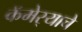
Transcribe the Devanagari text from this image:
कॅमेर्‍याचे